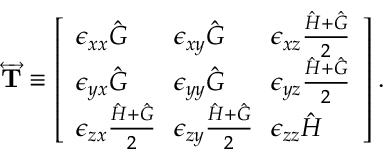
\begin{array} { r } { \overleftrightarrow { \mathbf { T } } \equiv \left[ \begin{array} { l l l } { \epsilon _ { x x } \hat { G } \! } & { \! \epsilon _ { x y } \hat { G } \! } & { \! \epsilon _ { x z } \frac { \hat { H } + \hat { G } } { 2 } } \\ { \epsilon _ { y x } \hat { G } \! } & { \! \epsilon _ { y y } \hat { G } \! } & { \! \epsilon _ { y z } \frac { \hat { H } + \hat { G } } { 2 } } \\ { \epsilon _ { z x } \frac { \hat { H } + \hat { G } } { 2 } \! } & { \! \epsilon _ { z y } \frac { \hat { H } + \hat { G } } { 2 } \! } & { \! \epsilon _ { z z } \hat { H } } \end{array} \right] . } \end{array}